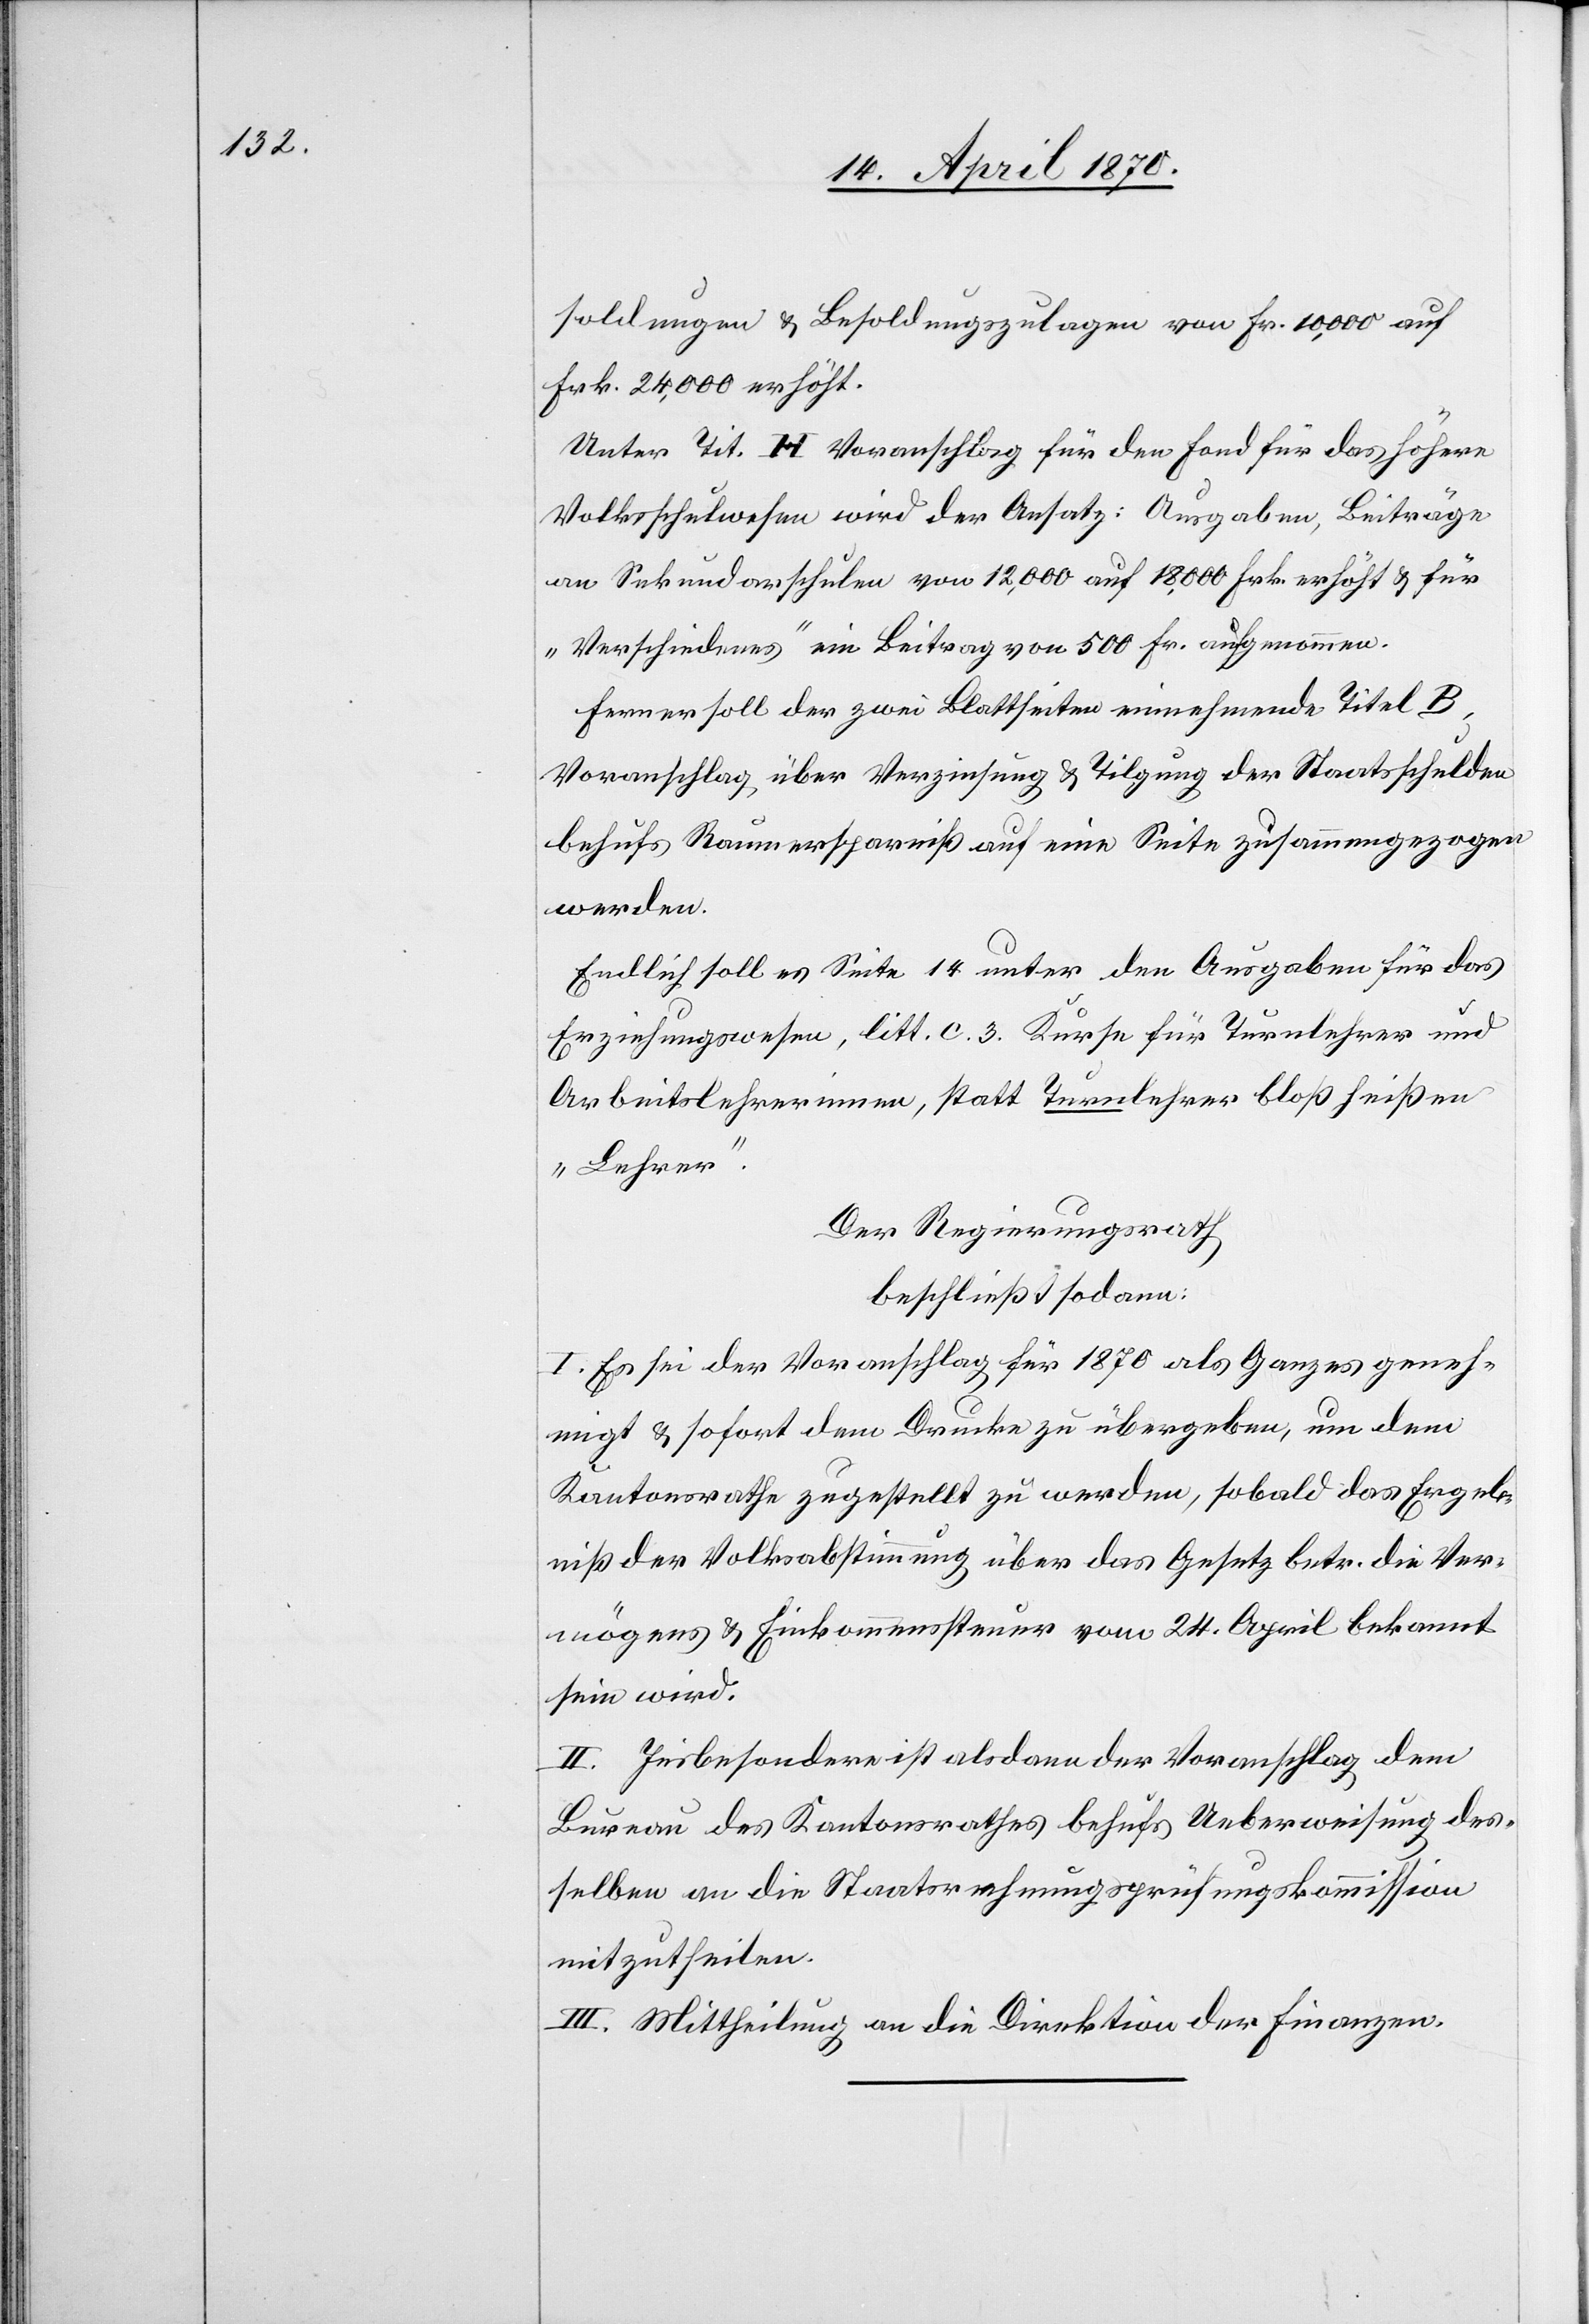
soldungen & Besoldungszulagen von Fr. 10,000 auf
Frk. 24,000 erhöht.
Unter Tit. H. Voranschlag für den Fond für das höhere
Volksschulwesen wird der Ansatz: Ausgaben, Beiträge
an Sekundarschulen von 12,000 auf 18,000 Frk. erhöht & für
„Verschiedenes“ ein Beitrag von 500 Fr. aufgenommen.
Ferner soll der zwei Blattseiten einnehmende Titel B
Voranschlag über Verzinsung & Tilgung der Staatsschulden
behufs Raumersparniß auf eine Seite zusammengezogen
werden.
Endlich soll es Seite 14 unter den Ausgaben für das
Erziehungswesen, litt. c. 3. Kurse für Turnlehrer und
Arbeitslehrerinnen, statt Turnlehrer bloß heißen
„Lehrer“.
Der Regierungsrath
beschließt sodann:
I. Es sei der Voranschlag für 1870 als Ganzes geneh¬
migt & sofort dem Drucke zu übergeben, um dem
Kantonsrathe zugestellt zu werden, sobald das Ergeb¬
niß der Volksabstimmung über das Gesetz betr. die Ver¬
mögens[-] & Einkommenssteuer vom 24. April bekannt
sein wird.
II. Insbesondere ist alsdann der Voranschlag dem
Bureau des Kantonsrathes behufs Ueberweisung des¬
selben an die Staatsrechnungsprüfungskommission
mitzutheilen.
III. Mittheilung an die Direktion der Finanzen.